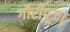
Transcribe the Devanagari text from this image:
गौरीपूजा